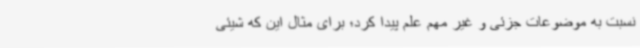
نسبت به موضوعات جزئی و غیر مهم علم پیدا کرد؛ برای مثال این که شیئی